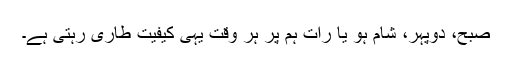
صبح، دوپہر، شام ہو یا رات ہم پر ہر وقت یہی کیفیت طاری رہتی ہے۔